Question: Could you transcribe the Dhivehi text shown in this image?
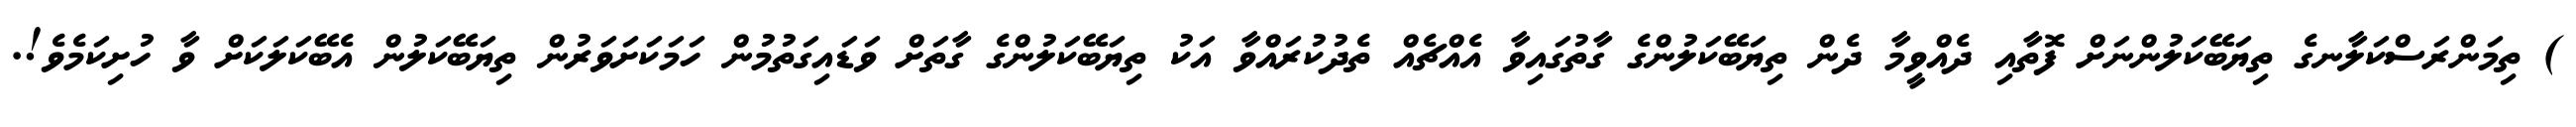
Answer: ) ތިމަންރަސްކަލާނގެ ތިޔަބޭކަލުންނަށް ފޮތާއި ދެއްވީމާ ދެން ތިޔަބޭކަލުންގެ ގާތުގައިވާ އެއްޗެއް ތެދުކުރައްވާ އަކު ތިޔަބޭކަލުންގެ ގާތަށް ވަޑައިގަތުމުން ހަމަކަށަވަރުން ތިޔަބޭކަލުން އެބޭކަލަކަށް ވާ ހުށިކަމެވެ!.